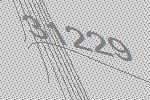
31229